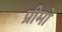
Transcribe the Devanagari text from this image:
प्रीमो